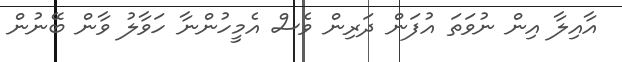
އާއިލާ އިން ނުވަތަ އުފަން ދަރިން ވެސް އެމީހުންނާ ހަވާލު ވާން ބޭނުން